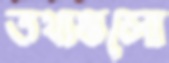
তথ্যগুলো